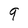
Character: 9